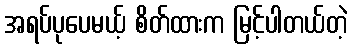
အရပ်ပုပေမယ့် စိတ်ထားက မြင့်ပါတယ်တဲ့